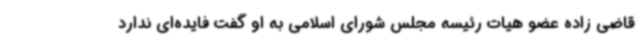
قاضی زاده عضو هیات رئیسه مجلس شورای اسلامی به او گفت فایده‌ای ندارد